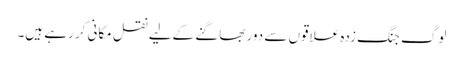
لوگ جنگ زدہ علاقوں سے دور بھاگنے کےلیے نقل مکانی کر رہے ہیں۔